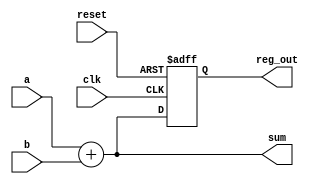
module combinational_sequential_example (
    input wire clk,         // Clock input
    input wire reset,       // Asynchronous reset
    input wire [3:0] a,     // 4-bit input
    input wire [3:0] b,     // 4-bit input
    output reg [3:0] sum,   // 4-bit output for sum
    output reg [3:0] reg_out // 4-bit output for registered value
);

// Combinational Logic: Calculate sum of a and b
always @* begin
    sum = a + b; // Continuous assignment for sum
end

// Sequential Logic: Register output on rising edge of clock
always @(posedge clk or posedge reset) begin
    if (reset) begin
        reg_out <= 4'b0000; // Reset output to 0
    end else begin
        reg_out <= sum; // Capture sum on clock edge
    end
end

endmodule